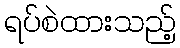
ရပ်စဲထားသည့်